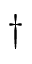
{ \dag }